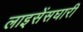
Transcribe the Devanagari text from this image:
लाइसेंसघारी